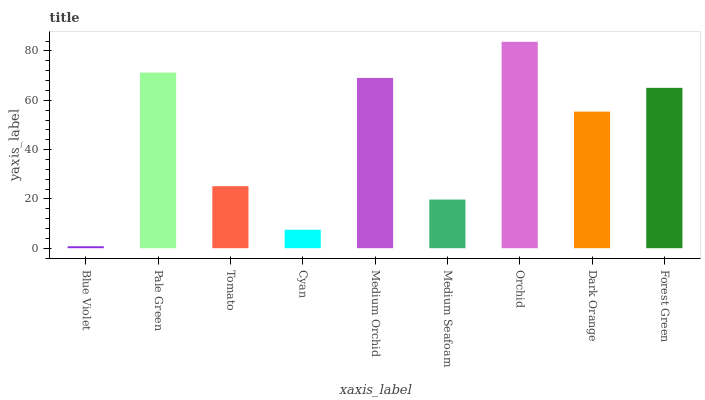
| xaxis_label | bars |
 | --- | --- |
 | Blue Violet | 0.775 |
 | Pale Green | 71.2 |
 | Tomato | 25.2 |
 | Cyan | 7.49 |
 | Medium Orchid | 69.1 |
 | Medium Seafoam | 19.7 |
 | Orchid | 83.7 |
 | Dark Orange | 55.4 |
 | Forest Green | 65 |